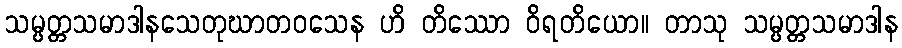
သမ္ပတ္တသမာဒါနသေတုဃာတဝသေန ဟိ တိဿော ဝိရတိယော။ တာသု သမ္ပတ္တသမာဒါန